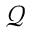
\boldsymbol { \mathcal { Q } }